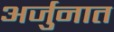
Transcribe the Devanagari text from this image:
अर्जुनात